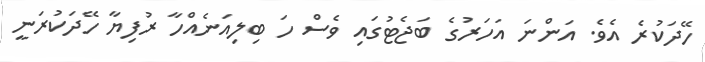
ހޭދަކުރެ އެވެ. އަންނަ އަހަރުގެ ބަޖެޓުގައި ވެސް ހަ ބިލިއަނެއްހާ ރުފިޔާ ހޭދަކުރަނީ